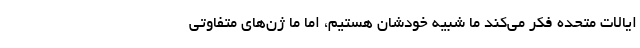
ایالات متحده فکر می‌کند ما شبیه خودشان هستیم، اما ما ژن‌های متفاوتی